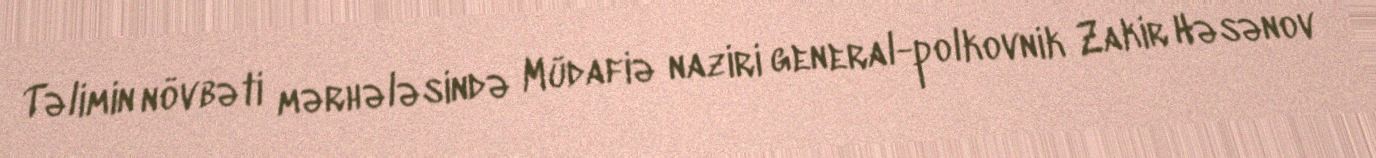
Təlimin növbəti mərhələsində Müdafiə naziri general-polkovnik Zakir Həsənov